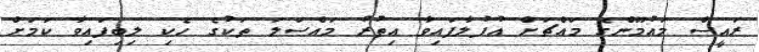
ރައީސް މައުމޫންގެ މައްޗަށް އުފުލާފައިވާ އިތުރު މައްސަލަ ތަކުގެ ހެކި ލިބިފައިވާ ކަމަށް